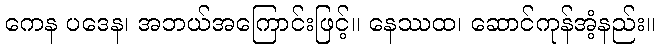
ကေန ပဒေန၊ အဘယ်အကြောင်းဖြင့်။ နေဿထ၊ ဆောင်ကုန်အံ့နည်း။